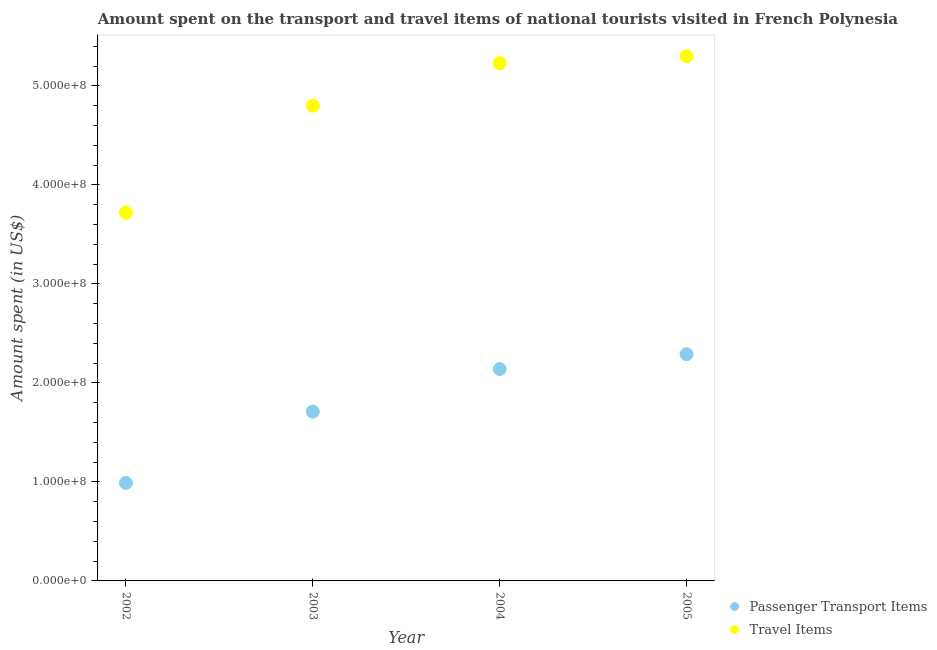
| Year | Passenger Transport Items | Travel Items |
 | --- | --- | --- |
 | 2002 | 9.9e+07 | 3.72e+08 |
 | 2003 | 1.71e+08 | 4.8e+08 |
 | 2004 | 2.14e+08 | 5.23e+08 |
 | 2005 | 2.29e+08 | 5.3e+08 |